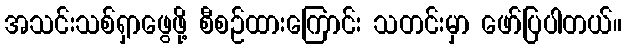
အသင်းသစ်ရှာဖွေဖို့ စီစဉ်ထားကြောင်း သတင်းမှာ ဖော်ပြပါတယ်။